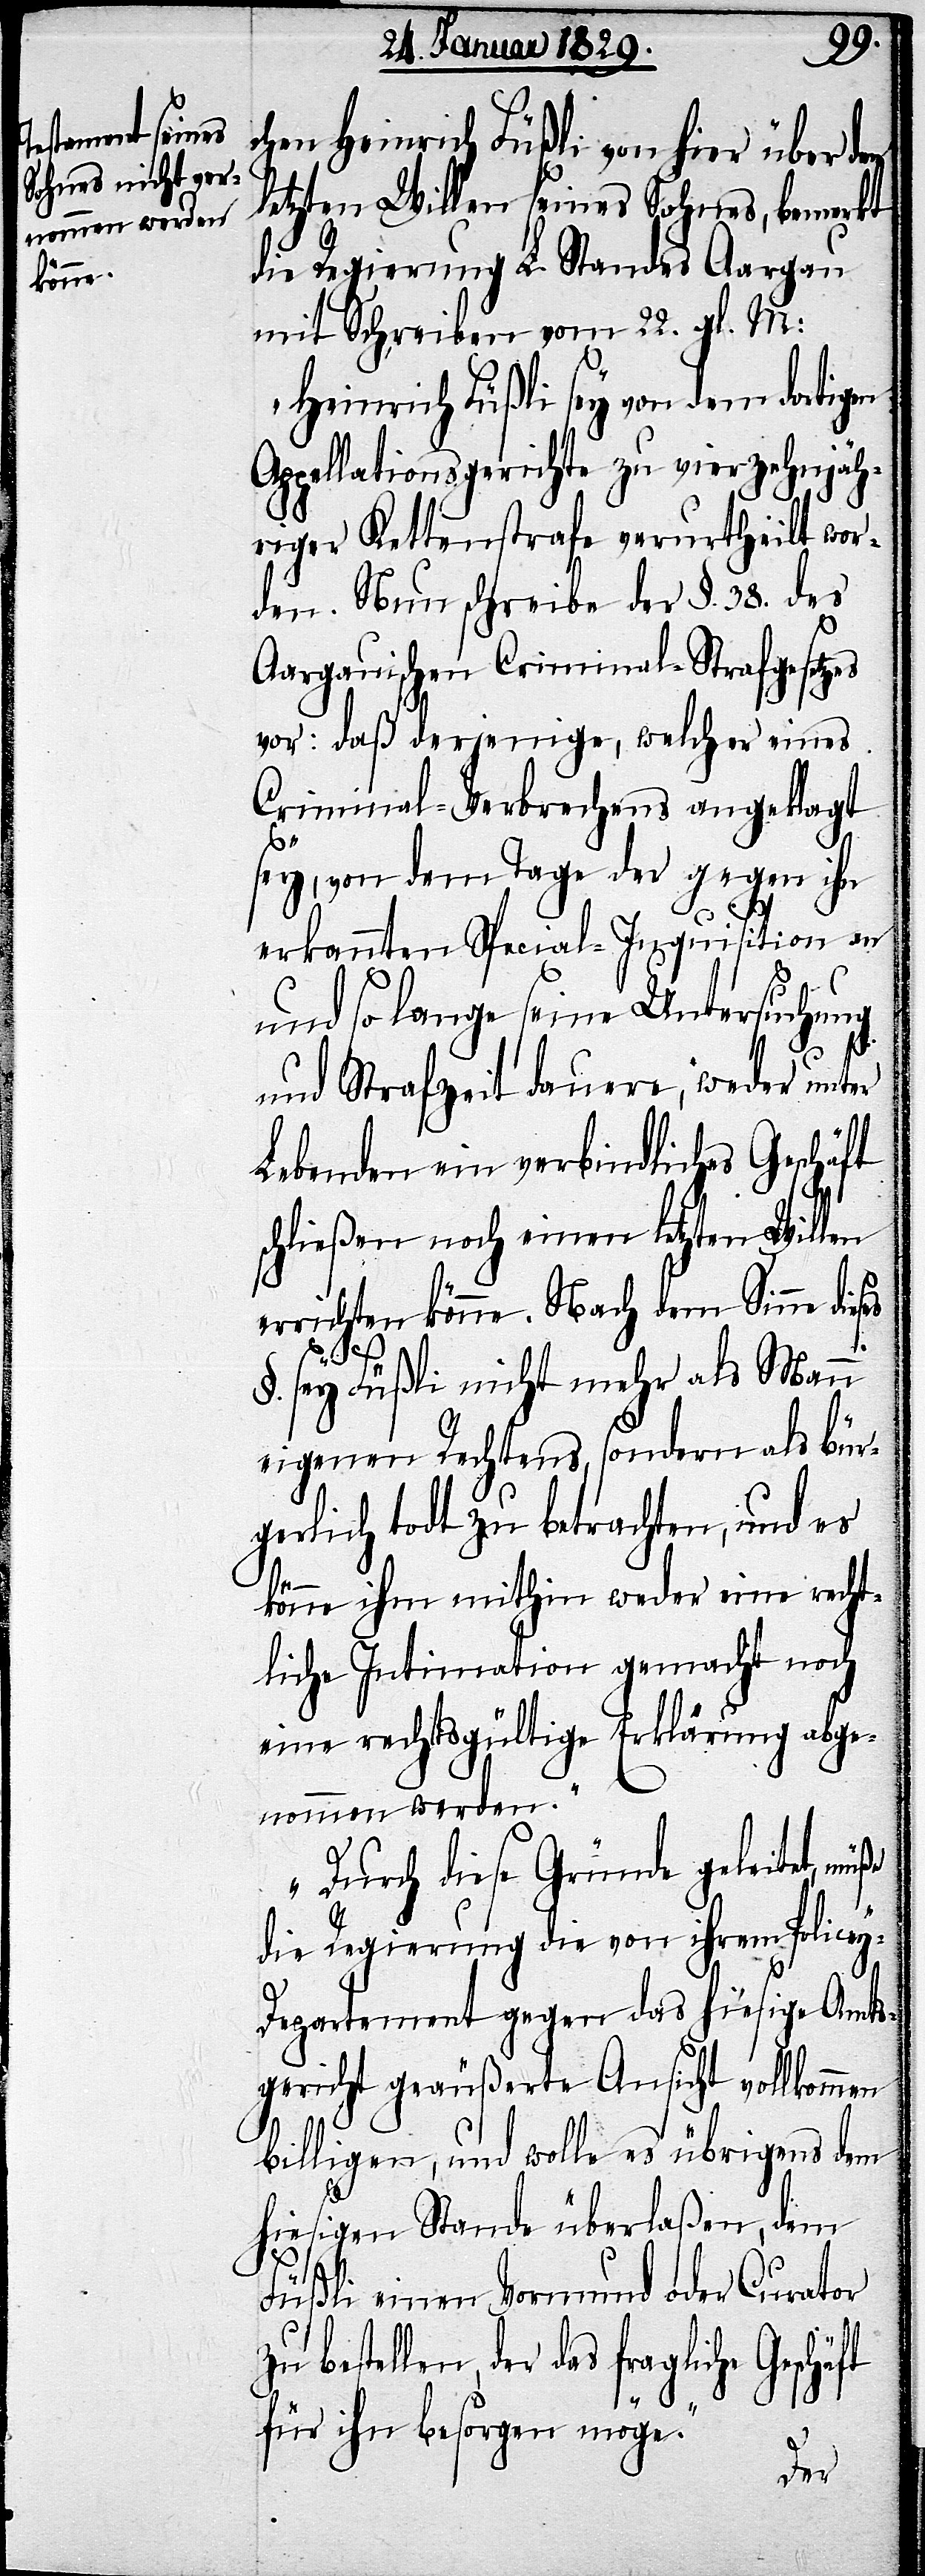
ft
chen Heinrich Füßli von hier über den
letzten Willen seines Sohnes, bemerkt
die Regierung L. Standes Aargau
mit Schreiben vom 22. gl. M:
„Heinrich Füßli sey von dem dortigen
Appellationsgerichte zu vierzehnjäh¬
riger Kettenstrafe verurtheilt wor¬
den. Nun schreibe der §. 38. des
Aargauischen Criminal-Strafgesetzes
vor: daß derjenige, welcher eines
Criminal-Verbrechens angeklagt
sey, von dem Tage der gegen ihn
erkannten Special-Inquisition an
und so lange seine Untersuchung
und Strafzeit dauere, weder unter
Lebenden ein verbindliches Geschäft
schließen noch einen letzten Willen
errichten könne. Nach dem Sinne die¬
ses
§. sey Füßli nicht mehr als Mann
eigenen Rechtens, sondern als bür¬
gerlich todt zu betrachten, und es
könne ihm mithin weder eine recht¬
liche Intimation gemacht noch
eine rechtsgültige Erklärung abge¬
nommen werden.
Durch diese Gründe geleitet, müße
die Regierung die von ihrem Police¬
y-Departement gegen das hiesige Amts¬
gericht geäußerte Ansicht vollkommen
billigen, und wolle es übrigens dem
hiesigen Stande überlaßen, dem
Füßli einen Vormund oder Curator
bestellen, der das fragliche Geschä¬
für ihn besorgen möge.“